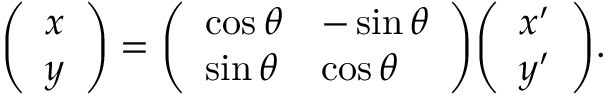
{ \left( \begin{array} { l } { x } \\ { y } \end{array} \right) } = { \left( \begin{array} { l l } { \cos \theta } & { - \sin \theta } \\ { \sin \theta } & { \cos \theta } \end{array} \right) } { \left( \begin{array} { l } { x ^ { \prime } } \\ { y ^ { \prime } } \end{array} \right) } .